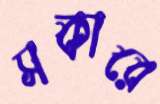
সকারে